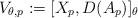
LaTeX: \begin{align*} V_{\theta,p} := [X_p, D(A_p)]_\theta\end{align*}